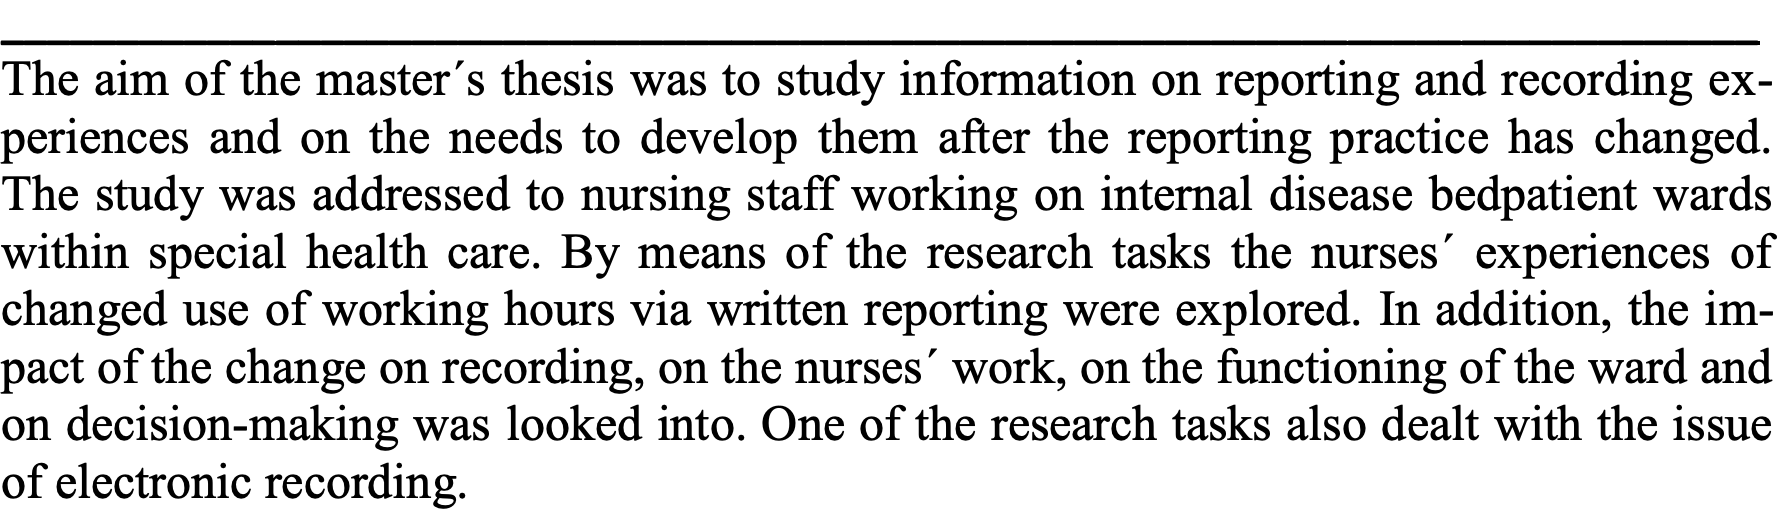
_____________________________________________________________________________ The aim of the master´s thesis was to study information on reporting and recording ex- periences and on the needs to develop them after the reporting practice has changed. The study was addressed to nursing staff working on internal disease bedpatient wards within special health care. By means of the research tasks the nurses´ experiences of changed use of working hours via written reporting were explored. In addition, the im- pact of the change on recording, on the nurses´ work, on the functioning of the ward and on decision-making was looked into. One of the research tasks also dealt with the issue of electronic recording.